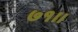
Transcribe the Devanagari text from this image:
७१।।